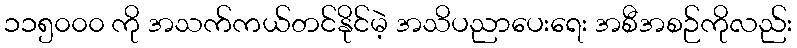
၁၁၅၀၀၀ ကို အသက်ကယ်တင်နိုင်မဲ့ အသိပညာပေးရေး အစီအစဉ်ကိုလည်း